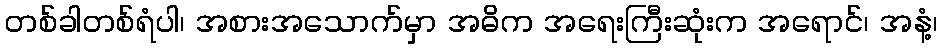
တစ်ခါတစ်ရံပါ၊ အစားအသောက်မှာ အဓိက အရေးကြီးဆုံးက အရောင်၊ အနံ့၊